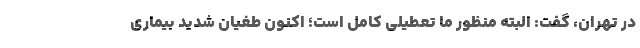
در تهران، گفت: البته منظور ما تعطیلی کامل است؛ اکنون طغیان شدید بیماری